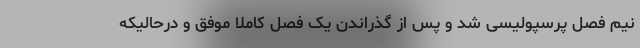
نیم فصل پرسپولیسی شد و پس از گذراندن یک فصل کاملا موفق و درحالیکه